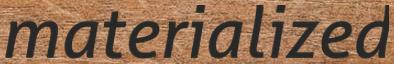
materialized